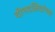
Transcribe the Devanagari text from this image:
दीनदलितांच्या